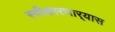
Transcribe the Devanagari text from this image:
स्वीकारणार्‍यास